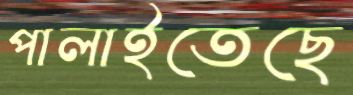
পালাইতেছে